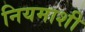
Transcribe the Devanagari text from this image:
नियमाशी